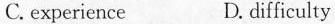
C.experience D. difficulty